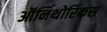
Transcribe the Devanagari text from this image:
ऑर्निथोरिंकस